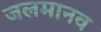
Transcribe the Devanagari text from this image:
जलमानव